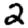
Digit: 2